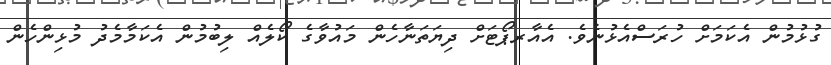
ގުޅުމުން އެކަމަށް ހުރަސްއެޅުނެވެ. އެއާރޕޯޓަށް ދިޔަތަނާހެން މައުވާގެ ކޯލެއް ލިބުމުން އެކަމާމެދު މުޅިންހެން